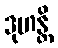
ဒုဟန္တိ